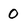
Character: 0